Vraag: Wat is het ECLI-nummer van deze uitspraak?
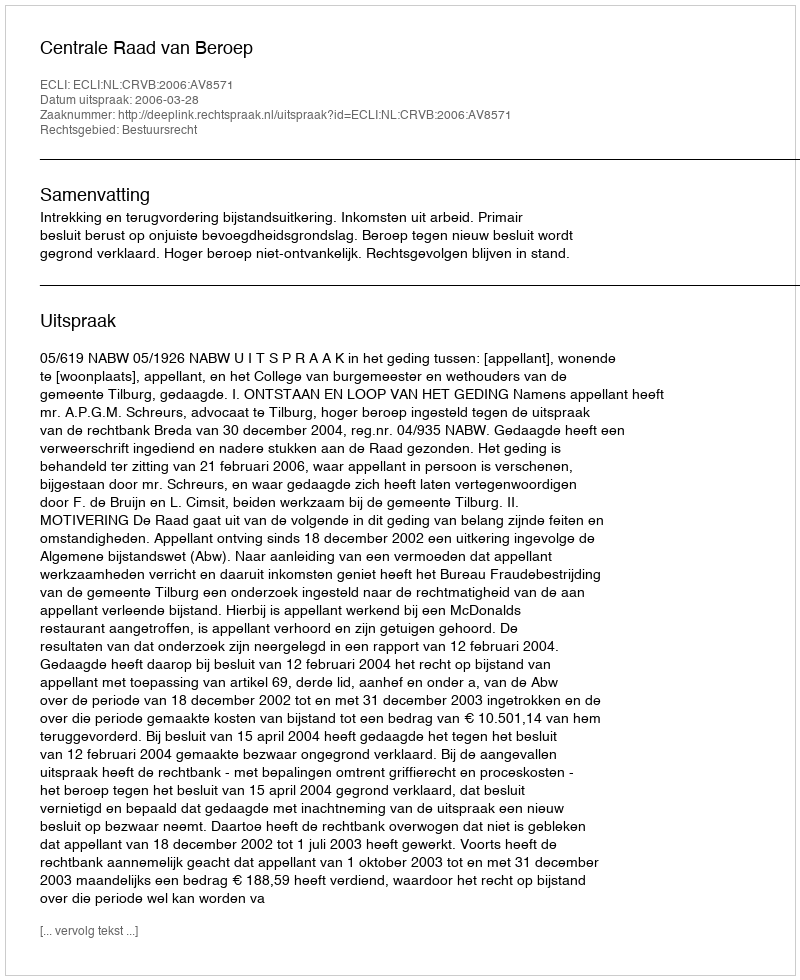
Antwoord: ECLI:NL:CRVB:2006:AV8571